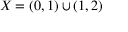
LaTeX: X = ( 0 , 1 ) \cup ( 1 , 2 )